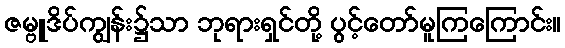
ဇမ္ဗူဒိပ်ကျွန်း၌သာ ဘုရားရှင်တို့ ပွင့်တော်မူကြကြောင်း။